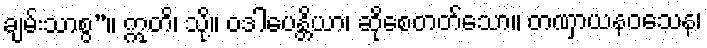
ချမ်းသာစွ”။ ဣတိ၊ သို့။ ဝဒါပေန္တိယာ၊ ဆိုစေတတ်သော။ တဏှာယနဝသေန၊